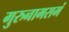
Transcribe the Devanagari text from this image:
गुरुनामसमं